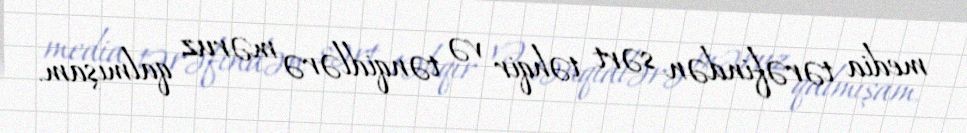
media tərəfindən sərt təhqir və tənqidlərə məruz qalmışam.